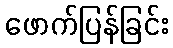
ဖောက်ပြန်ခြင်း